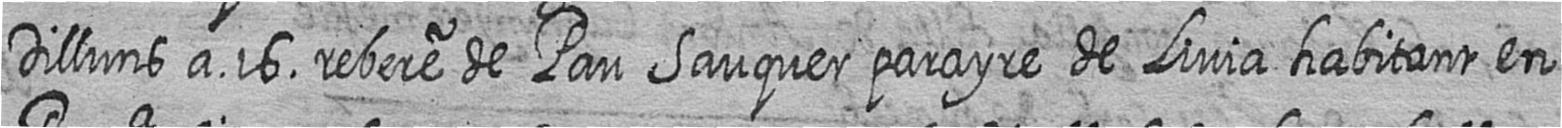
Dilluns a 16 rebere de Pau Sauquer parayre de Livia habitant en